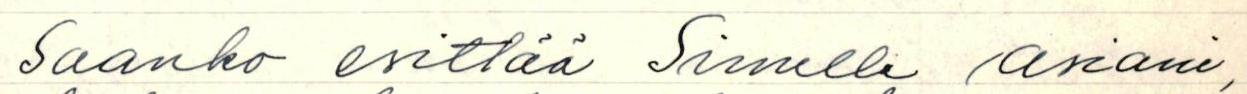
Saanko esittää Sinulle asiani,